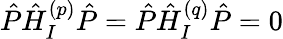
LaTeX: \hat{P}\hat{H}_{I}^{(p)}\hat{P}=\hat{P}\hat{H}_{I}^{(q)}\hat{P}=0